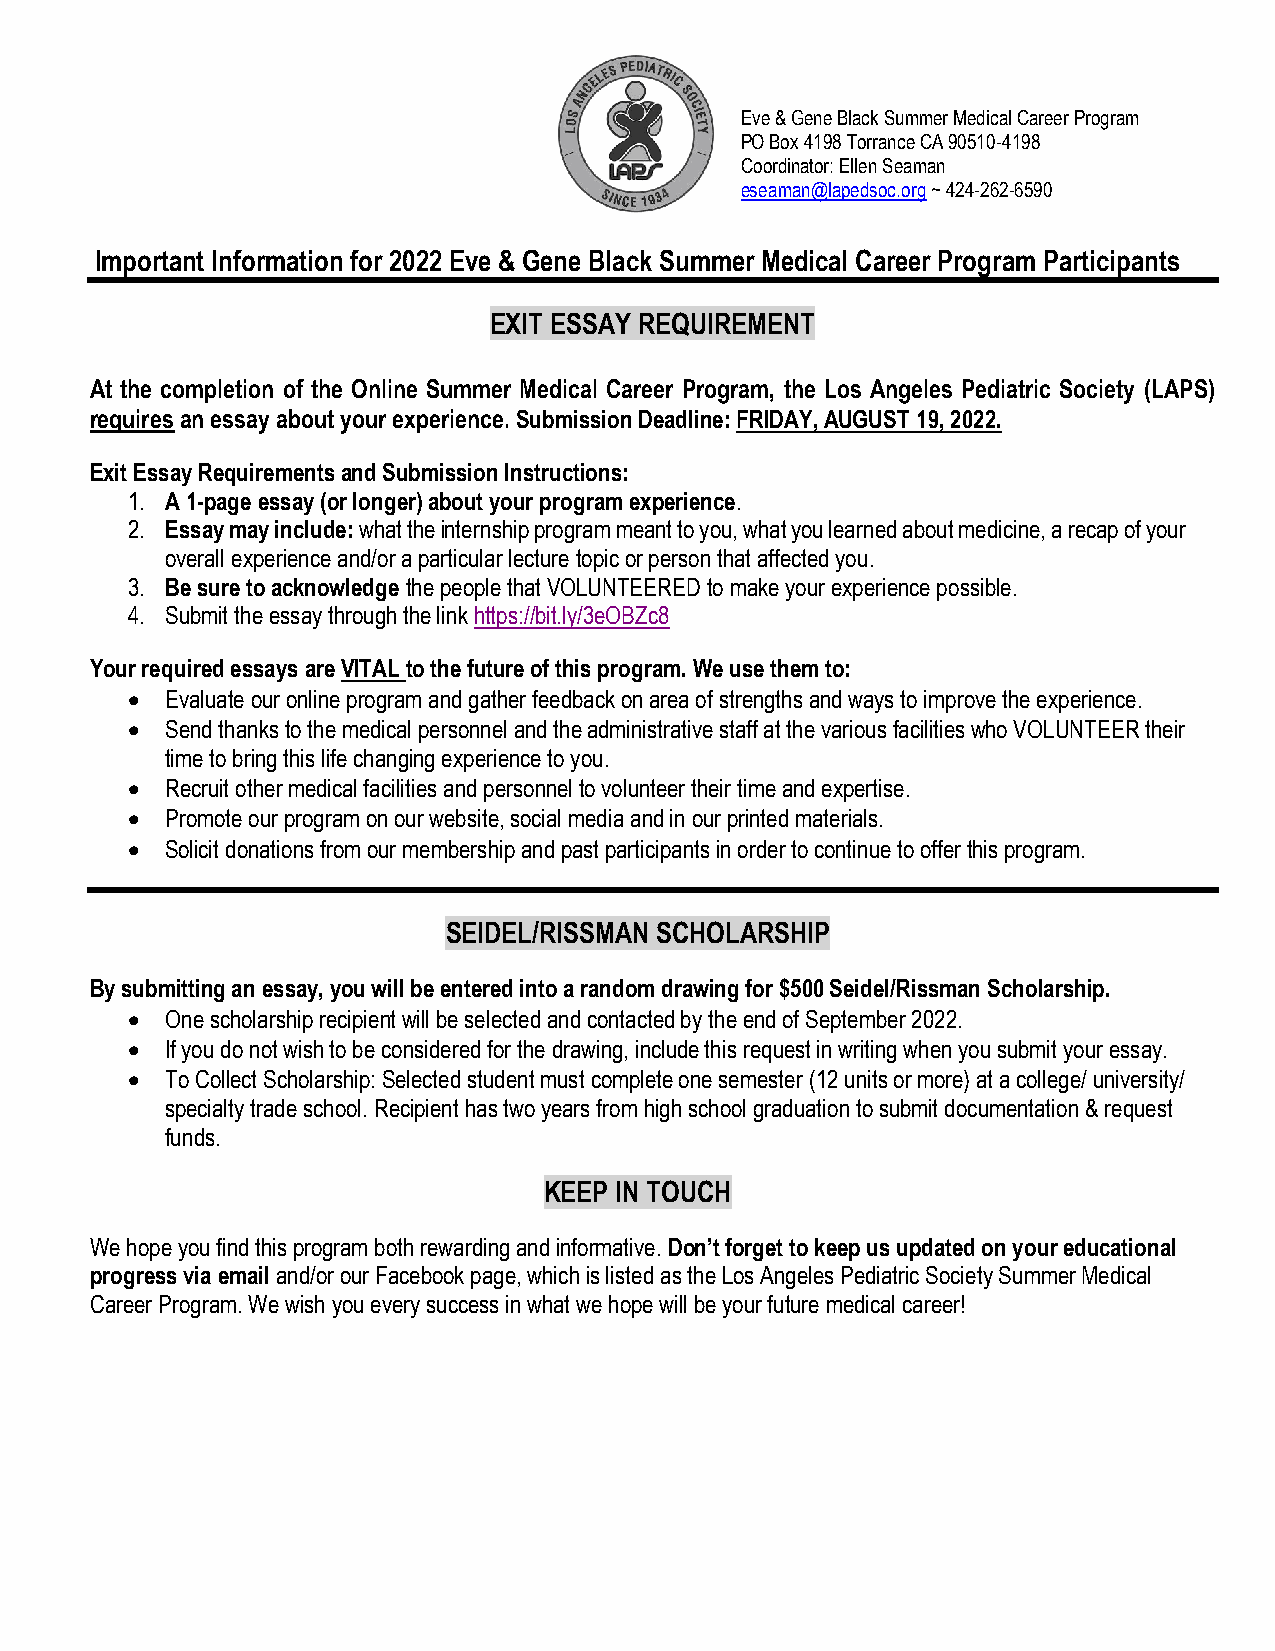
Eve & Gene Black Summer Medical Career Program
 PO Box 4198 Torrance CA 90510-4198
 Coordinator: Ellen Seaman
 eseaman@lapedsoc.org ~ 424-262-6590
 Important Information for 2022 Eve & Gene Black Summer Medical Career Program Participants
 EXIT ESSAY REQUIREMENT
 At the completion of the Online Summer Medical Career Program, the Los Angeles Pediatric Society (LAPS)
 requires an essay about your experience. Submission Deadline: FRIDAY, AUGUST 19, 2022.
 Exit Essay Requirements and Submission Instructions:
 1. A 1-page essay (or longer) about your program experience.
 2. Essay may include: what the internship program meant to you, what you learned about medicine, a recap of your
 overall experience and/or a particular lecture topic or person that affected you.
 3. Be sure to acknowledge the people that VOLUNTEERED to make your experience possible.
 4. Submit the essay through the link https://bit.ly/3eOBZc8
 Your required essays are VITAL to the future of this program. We use them to:
 •  Evaluate our online program and gather feedback on area of strengths and ways to improve the experience.
 •  Send thanks to the medical personnel and the administrative staff at the various facilities who VOLUNTEER their
 time to bring this life changing experience to you.
 •  Recruit other medical facilities and personnel to volunteer their time and expertise.
 •  Promote our program on our website, social media and in our printed materials.
 •  Solicit donations from our membership and past participants in order to continue to offer this program.
 SEIDEL/RISSMAN SCHOLARSHIP
 By submitting an essay, you will be entered into a random drawing for $500 Seidel/Rissman Scholarship.
 •  One scholarship recipient will be selected and contacted by the end of September 2022.
 •  If you do not wish to be considered for the drawing, include this request in writing when you submit your essay.
 •  To Collect Scholarship: Selected student must complete one semester (12 units or more) at a college/ university/
 specialty trade school. Recipient has two years from high school graduation to submit documentation & request
 funds.
 KEEP IN TOUCH
 We hope you find this program both rewarding and informative. Don’t forget to keep us updated on your educational
 progress via email and/or our Facebook page, which is listed as the Los Angeles Pediatric Society Summer Medical
 Career Program. We wish you every success in what we hope will be your future medical career!